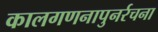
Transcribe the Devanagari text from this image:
कालगणनापुनर्रचना